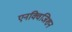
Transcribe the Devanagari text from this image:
एनक्विजिशन